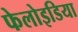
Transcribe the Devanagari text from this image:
फेलोइडिया